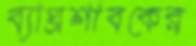
ব্যাঘ্রশাবকের